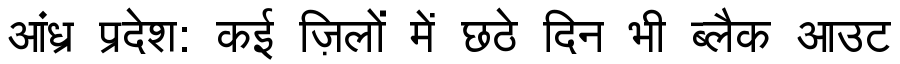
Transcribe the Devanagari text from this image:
आंध्र प्रदेश: कई ज़िलों में छठे दिन भी ब्लैक आउट